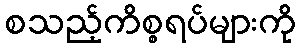
စသည့်ကိစ္စရပ်များကို